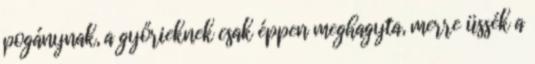
pogánynak, a győrieknek csak éppen meghagyta, merre üssék a